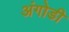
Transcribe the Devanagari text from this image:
अंगोडी